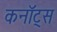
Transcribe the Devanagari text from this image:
कनॉट्स